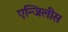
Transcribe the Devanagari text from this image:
एन्जिलीस